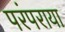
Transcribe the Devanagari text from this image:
परंपराया